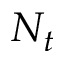
N _ { t }